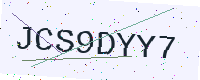
Text: JCS9DYY7